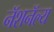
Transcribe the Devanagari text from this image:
नॅशनॅल्य